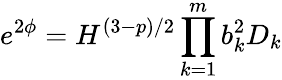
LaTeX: e^{2\phi}=H^{(3-p)/2}\prod_{k=1}^{m}b_{k}^{2}D_{k}